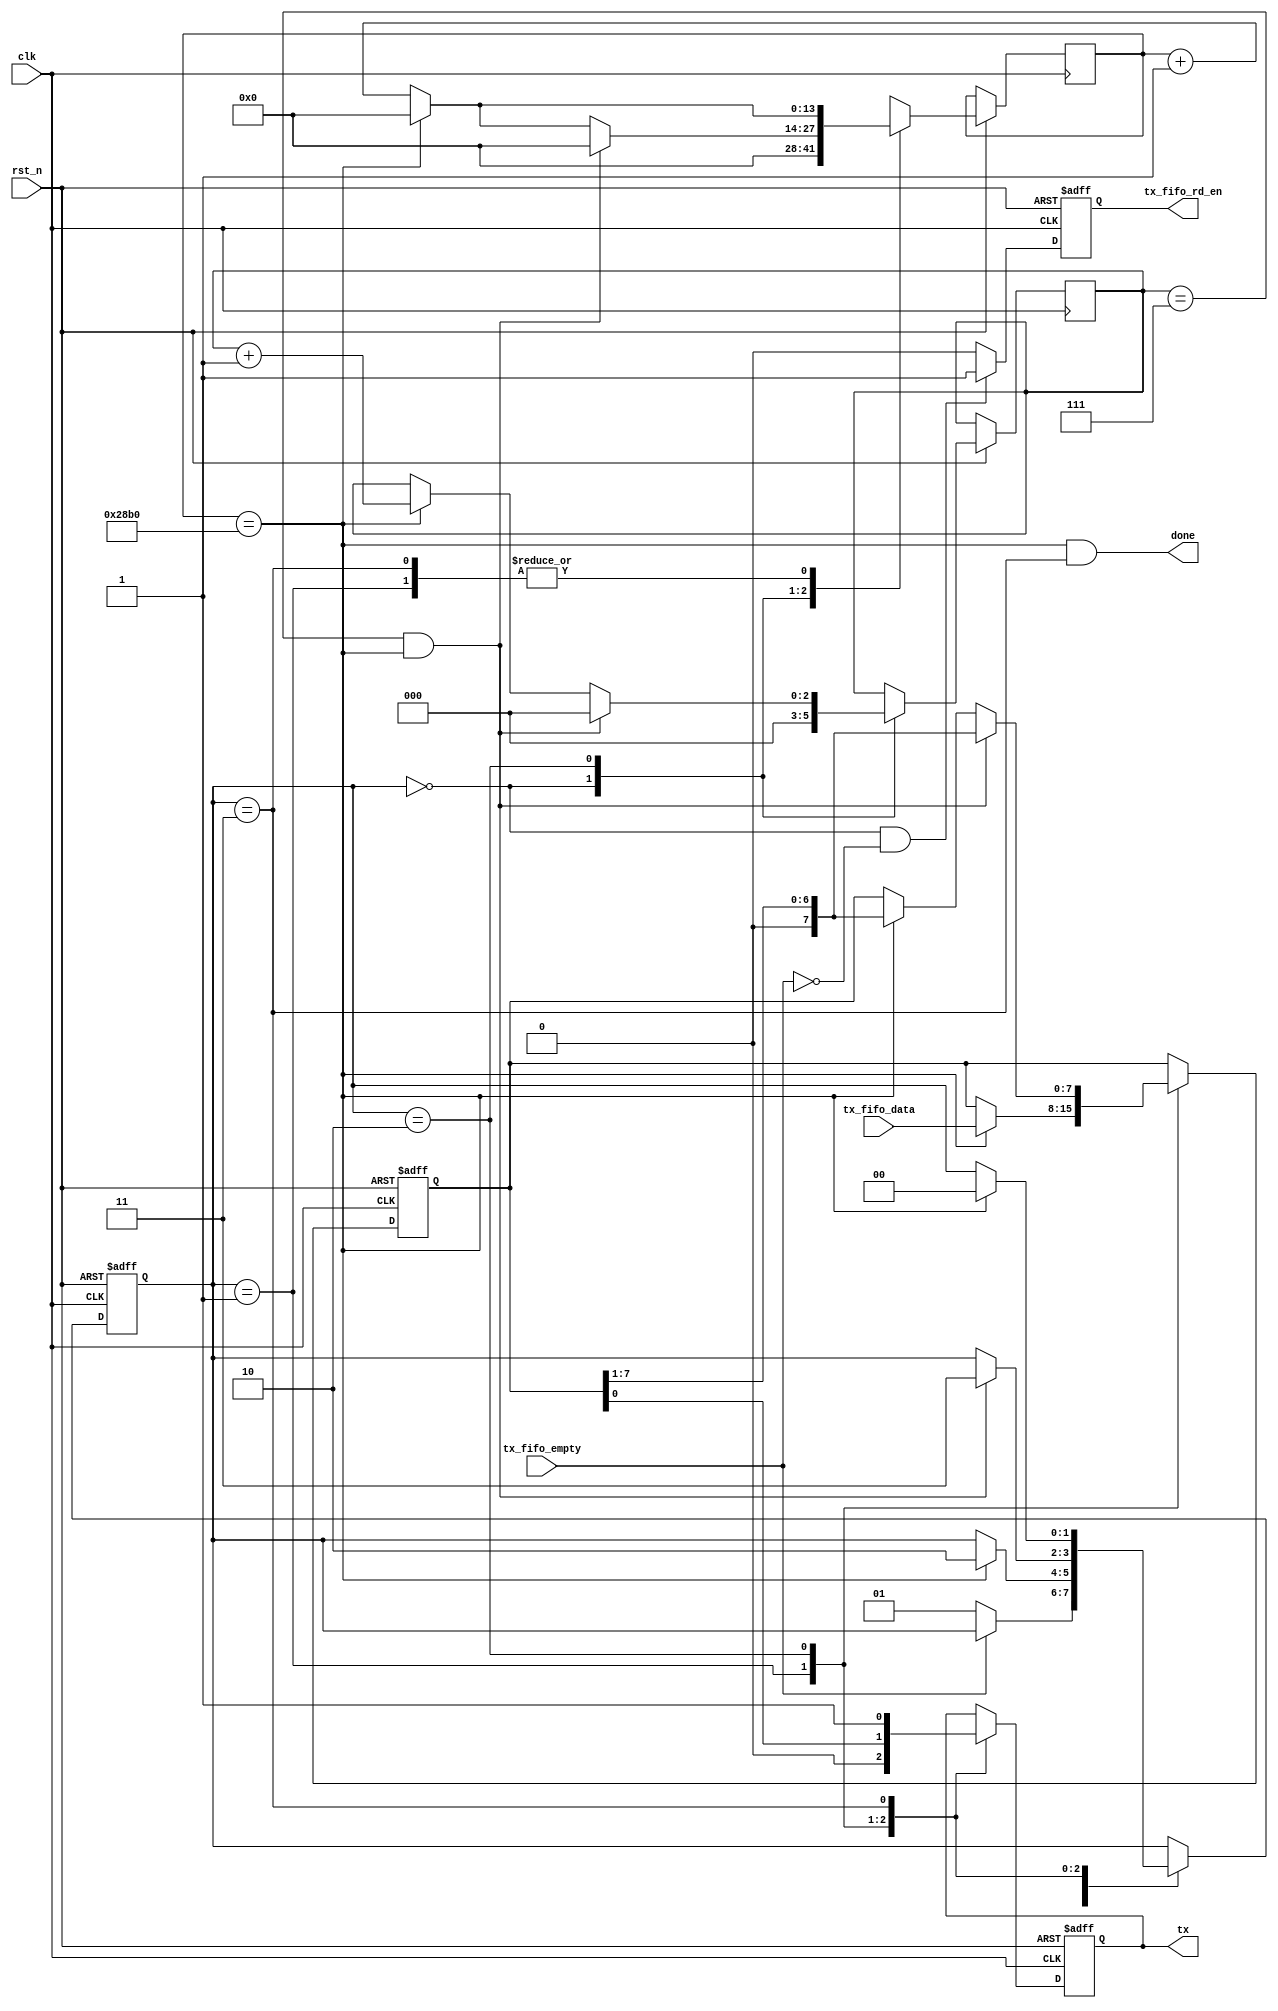
///////////////////////////////////////////////////////////////////////////////////////////
// Tyler Anderson Wed, Apr 01, 2015  4:43:49 PM
//
// rs232_ser.v
// "RS-232 Serializer"
// A custom Verilog HDL module
//
// Handshake in byte from upstream and RS-232 serialize it
//   No flow control
//   No parity
//   1 stop bit
//
// Clock rate needs to be >=2x baud rate for this to really work
// 
///////////////////////////////////////////////////////////////////////////////////////////

module rs232_ser
  (
   input       clk, // clock frequency
   input       rst_n, // active low reset
   output reg  tx = 1'b1, // serial RS-232 data
   input [7:0] tx_fifo_data, // serial tx data
   output reg  tx_fifo_rd_en = 1'b0, // transmission request from upstream
   input       tx_fifo_empty, // acknowledge of acceptance to upstream
   output      done
   );

   // ceiling(log2()), used to figure out counter size.   
   function integer clogb2;
      input integer value;
      for(clogb2=0;value>0;clogb2=clogb2+1)
	value = value >> 1;
   endfunction // for
   
   parameter P_CLK_FREQ_HZ = 100000000;
   parameter P_BAUD_RATE = 9600;

   // Finite state machine
   reg [1:0]     fsm=2'd0;
   localparam
     S_IDLE  = 2'd0, // wait for TX req from upstream and handshake data in when you get it
     S_START = 2'd1, // transmit the start bit
     S_SHIFT = 2'd2, // shift out data byte (little endian)
     S_STOP  = 2'd3; // transmit the stop bit

   // Launch counter tells you where bit edges should be
   localparam LAUNCH_CNT_MAX = P_CLK_FREQ_HZ/P_BAUD_RATE;
   localparam NBITS_LAUNCH_CNT = clogb2(LAUNCH_CNT_MAX);
   reg [NBITS_LAUNCH_CNT-1:0] launch_cnt = {NBITS_LAUNCH_CNT{1'b0}};

   // Count the 8 bits to be shifted out
   reg [2:0] 	       shift_cnt = 3'd0;

   // Data shift register
   reg [7:0] 	       shift_reg = 8'd0;

   // FIFO read signal
   always @(posedge clk or negedge rst_n)
     if( !rst_n ) tx_fifo_rd_en <= 1'b0;
     else if( (fsm == S_IDLE) && !tx_fifo_empty) tx_fifo_rd_en <= 1'b1;
     else tx_fifo_rd_en <= 1'b0;

   // Utility signal for done
   assign done = (launch_cnt == LAUNCH_CNT_MAX) && (fsm == S_STOP); 

      
   // Finite State Machine
   always @(posedge clk or negedge rst_n)
     if( !rst_n )
       begin
	  fsm <= 2'd0;
	  tx  <= 1'b1;
	  shift_reg <= 8'd0;
       end
   
     else
       begin
	  case( fsm )
	    
	    S_IDLE:
	      begin
		 shift_cnt <= 3'd0;
		 launch_cnt <= {NBITS_LAUNCH_CNT-1{1'b0}};
		 if( !tx_fifo_empty ) 
		   fsm <= S_START;
	      end
	    	
	    S_START:
	      begin
		 tx <= 1'b0; // assert the start bit
		 if( launch_cnt == LAUNCH_CNT_MAX )
		   begin
		      shift_reg <= tx_fifo_data;
		      launch_cnt <= {NBITS_LAUNCH_CNT-1{1'b0}};
		      fsm <= S_SHIFT;
	           end
		 else
		   begin
		      launch_cnt <= launch_cnt + 1'b1;
		   end
	      end
		   		   
	    S_SHIFT:
	      begin
		 tx <= shift_reg[0];
		 if( (shift_cnt == 3'd7) && (launch_cnt == LAUNCH_CNT_MAX) )
		   begin
		      shift_reg <= {1'b0,shift_reg[7:1]};
		      shift_cnt <= 3'd0;
		      launch_cnt <= {NBITS_LAUNCH_CNT-1{1'b0}};
		      fsm <= S_STOP;
		   end
		 else if( launch_cnt == LAUNCH_CNT_MAX )
		   begin
		      shift_reg <= {1'b0,shift_reg[7:1]};
		      shift_cnt <= shift_cnt + 1'b1;
		      launch_cnt <= {NBITS_LAUNCH_CNT-1{1'b0}};
		   end
		 else
		   begin
		      launch_cnt <= launch_cnt + 1'b1;
		   end 
	      end

	    S_STOP:
	      begin
		 tx <= 1'b1; // assert the stop bit (active low)
		 if( launch_cnt == LAUNCH_CNT_MAX )
		   begin
		      launch_cnt <= {NBITS_LAUNCH_CNT-1{1'b0}};
		      fsm <= S_IDLE;
	           end
		 else
		   begin
		      launch_cnt <= launch_cnt + 1'b1;
		   end
	      end

	    default: fsm <= S_IDLE;

	  endcase // case ( fsm )
       end
   
endmodule